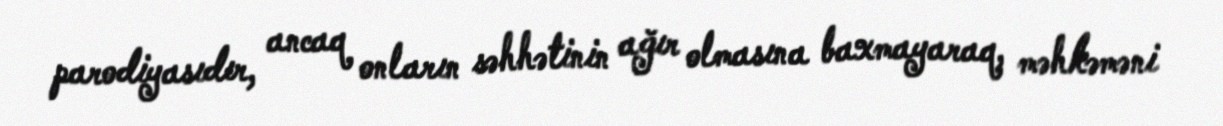
parodiyasıdır, ancaq onların səhhətinin ağır olmasına baxmayaraq, məhkəməni